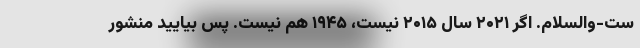
ست-والسلام. اگر ۲۰۲۱ سال ۲۰۱۵ نیست، ۱۹۴۵ هم نیست. پس بیایید منشور